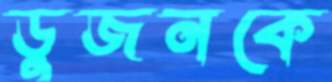
ডুজনকে